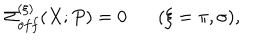
LaTeX: \Sigma _ { o f f } ^ { ( \xi ) } ( X ; P ) = 0 ( \xi = \pi , \sigma ) ,